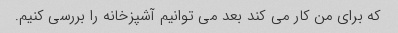
که برای من کار می کند بعد می توانیم آشپزخانه را بررسی کنیم.